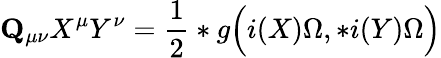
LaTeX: {\mathbf Q}_{\mu\nu}X^{\mu}Y^{\nu}=\frac 12*g\Bigl(i(X)\Omega,*i(Y)\Omega\Bigr)